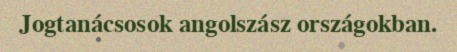
Jogtanácsosok angolszász országokban.